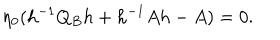
\eta _ { 0 } ( h ^ { - 1 } Q _ { B } h + h ^ { - 1 } A h - A ) = 0 .